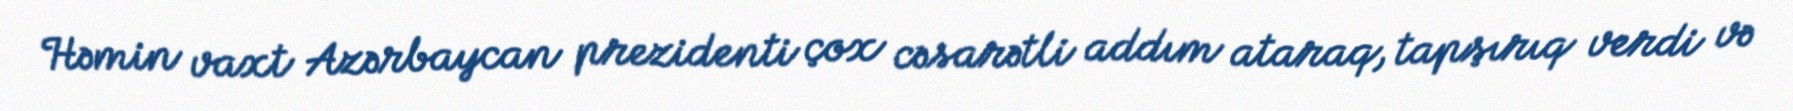
Həmin vaxt Azərbaycan prezidenti çox cəsarətli addım ataraq, tapşırıq verdi və